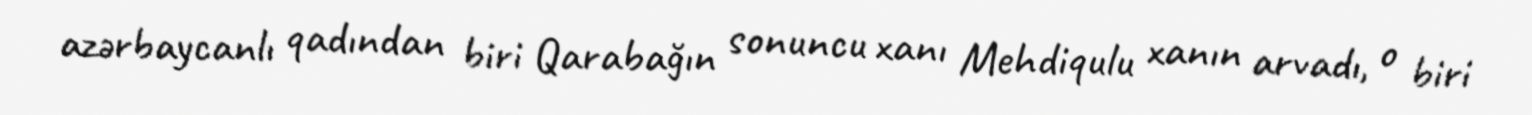
azərbaycanlı qadından biri Qarabağın sonuncu xanı Mehdiqulu xanın arvadı, o biri